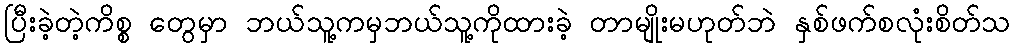
ပြီးခဲ့တဲ့ကိစ္စ တွေမှာ ဘယ်သူ့ကမှဘယ်သူ့ကိုထားခဲ့ တာမျိုးမဟုတ်ဘဲ နှစ်ဖက်စလုံးစိတ်သ